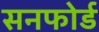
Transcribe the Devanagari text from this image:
सनफोर्ड